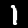
Label: 1